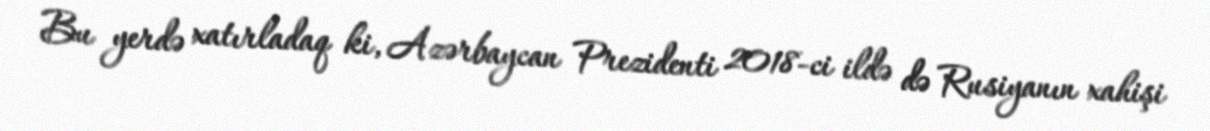
Bu yerdə xatırladaq ki, Azərbaycan Prezidenti 2018-ci ildə də Rusiyanın xahişi